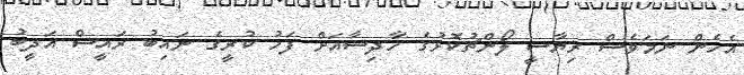
އެހެން ނަމަވެސް ރިޔާސީ ލޯންޗުކޮޅުގެ ހާދިސާއަށް ފަހު ކުރީގެ ނައިބު ރައީސް އަދީބު